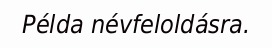
Példa névfeloldásra.